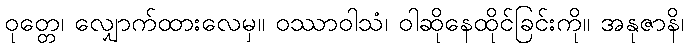
ဝုတ္တေ၊ လျှောက်ထားလေမှ။ ဝဿာဝါသံ၊ ဝါဆိုနေထိုင်ခြင်းကို။ အနုဇာနိ၊